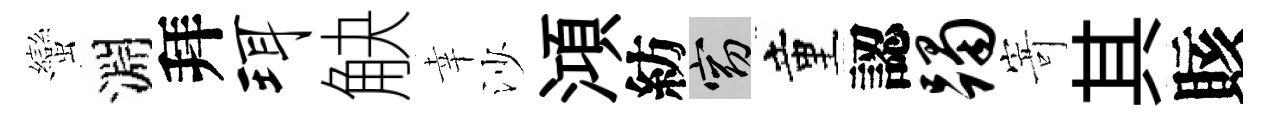
蠻淵拜珥觖幸沙澒紡窈童認躅𭔃其賅